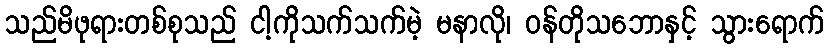
သည်မိဖုရားတစ်စုသည် ငါ့ကိုသက်သက်မဲ့ မနာလို၊ ဝန်တိုသဘောနှင့် သွားရောက်